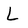
Character: L